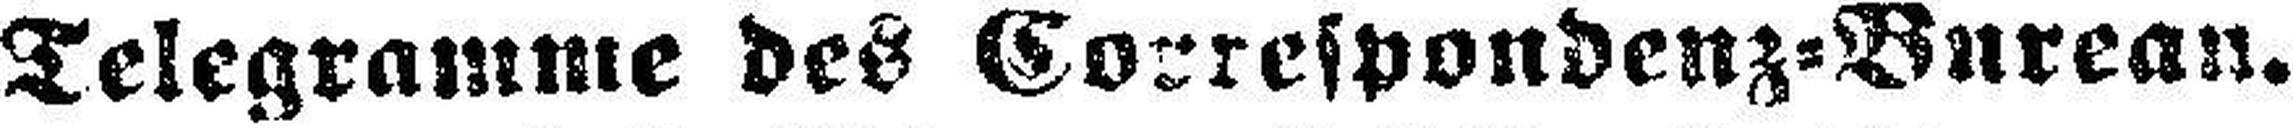
Telegramme des Correspondenz=Bureau.